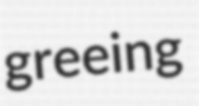
greeing